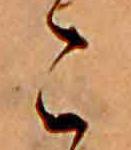
こ